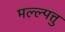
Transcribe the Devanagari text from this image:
मल्ल्पत्तु